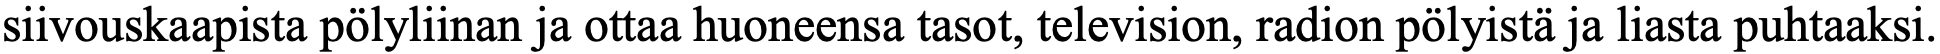
siivouskaapista pölyliinan ja ottaa huoneensa tasot, television, radion pölyistä ja liasta puhtaaksi.